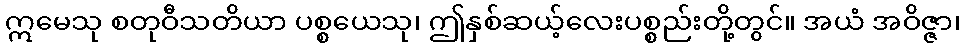
ဣမေသု စတုဝီသတိယာ ပစ္စယေသု၊ ဤနှစ်ဆယ့်လေးပစ္စည်းတို့တွင်။ အယံ အဝိဇ္ဇာ၊